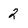
Character: 2